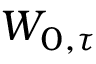
W _ { 0 , \tau }